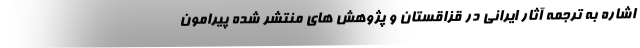
اشاره به ترجمه آثار ایرانی در قزاقستان و پژوهش های منتشر شده پیرامون